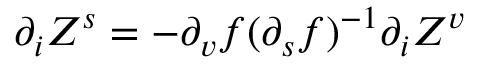
\partial _ { i } Z ^ { s } = - \partial _ { v } f ( \partial _ { s } f ) ^ { - 1 } \partial _ { i } Z ^ { v }